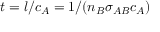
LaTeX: t = l / c _ { A } = 1 / ( n _ { B } \sigma _ { A B } c _ { A } )